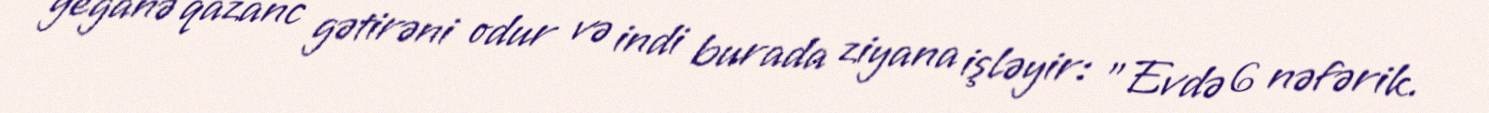
yeganə qazanc gətirəni odur və indi burada ziyana işləyir: "Evdə 6 nəfərik.